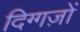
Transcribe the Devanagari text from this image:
दिग्गज़ों